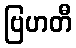
ဗြဟတီ